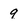
Character: 9